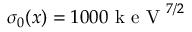
\sigma _ { 0 } ( x ) = 1 0 0 0 \mathrm { ~ k ~ e ~ V ~ } ^ { 7 / 2 }